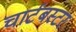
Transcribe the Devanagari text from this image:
चार्टबस्टर